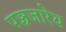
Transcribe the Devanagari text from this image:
पञ्चजारेय